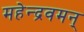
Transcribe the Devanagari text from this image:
महेन्द्रवमन्